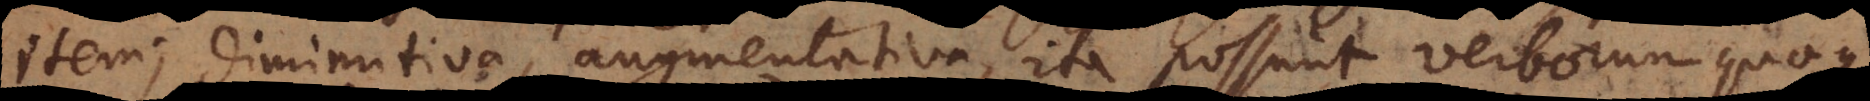
item; diminutiva, augmentativa, ita possunt verborum quoque